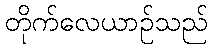
တိုက်လေယာဉ်သည်